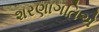
શરણાગતિએ